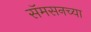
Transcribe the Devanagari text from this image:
सॅमसनच्या